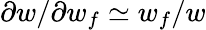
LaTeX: \partial w/\partial w_{f}\simeq w_{f}/w